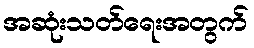
အဆုံးသတ်ရေးအတွက်